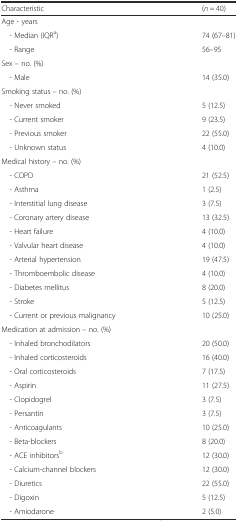
<table><thead><tr><td><b>Characteristic</b></td><td><b>(<i>n</i> = 40)</b></td></tr></thead><tbody><tr><td colspan="2">Age - years</td></tr><tr><td> - Median (IQR<sup>a</sup>)</td><td>74 (67–81)</td></tr><tr><td> - Range</td><td>56–95</td></tr><tr><td colspan="2">Sex – no. (%)</td></tr><tr><td> - Male</td><td>14 (35.0)</td></tr><tr><td colspan="2">Smoking status – no. (%)</td></tr><tr><td> - Never smoked</td><td>5 (12.5)</td></tr><tr><td> - Current smoker</td><td>9 (23.5)</td></tr><tr><td> - Previous smoker</td><td>22 (55.0)</td></tr><tr><td> - Unknown status</td><td>4 (10.0)</td></tr><tr><td colspan="2">Medical history – no. (%)</td></tr><tr><td> - COPD</td><td>21 (52.5)</td></tr><tr><td> - Asthma</td><td>1 (2.5)</td></tr><tr><td> - Interstitial lung disease</td><td>3 (7.5)</td></tr><tr><td> - Coronary artery disease</td><td>13 (32.5)</td></tr><tr><td> - Heart failure</td><td>4 (10.0)</td></tr><tr><td> - Valvular heart disease</td><td>4 (10.0)</td></tr><tr><td> - Arterial hypertension</td><td>19 (47.5)</td></tr><tr><td> - Thromboembolic disease</td><td>4 (10.0)</td></tr><tr><td> - Diabetes mellitus</td><td>8 (20.0)</td></tr><tr><td> - Stroke</td><td>5 (12.5)</td></tr><tr><td> - Current or previous malignancy</td><td>10 (25.0)</td></tr><tr><td colspan="2">Medication at admission – no. (%)</td></tr><tr><td> - Inhaled bronchodilators</td><td>20 (50.0)</td></tr><tr><td> - Inhaled corticosteroids</td><td>16 (40.0)</td></tr><tr><td> - Oral corticosteroids</td><td>7 (17.5)</td></tr><tr><td> - Aspirin</td><td>11 (27.5)</td></tr><tr><td> - Clopidogrel</td><td>3 (7.5)</td></tr><tr><td> - Persantin</td><td>3 (7.5)</td></tr><tr><td> - Anticoagulants</td><td>10 (25.0)</td></tr><tr><td> - Beta-blockers</td><td>8 (20.0)</td></tr><tr><td> - ACE inhibitors<sup>b</sup></td><td>12 (30.0)</td></tr><tr><td> - Calcium-channel blockers</td><td>12 (30.0)</td></tr><tr><td> - Diuretics</td><td>22 (55.0)</td></tr><tr><td> - Digoxin</td><td>5 (12.5)</td></tr><tr><td> - Amiodarone</td><td>2 (5.0)</td></tr></tbody></table>